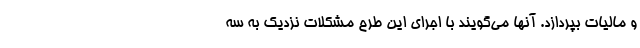
و مالیات بپردازد. آنها می‌گویند با اجرای این طرح مشکلات نزدیک به سه